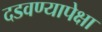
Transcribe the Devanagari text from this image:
दडवण्यापेक्षा